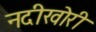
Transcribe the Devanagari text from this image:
नदीखोरी